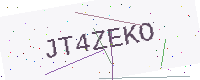
Text: JT4ZEKO